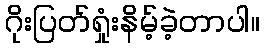
ဂိုးပြတ်ရှုံးနိမ့်ခဲ့တာပါ။